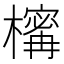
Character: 𣜏